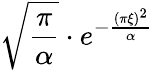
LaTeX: {\sqrt{\frac{\pi}{\alpha}}}\cdot e^{-{\frac{(\pi\xi)^{2}}{\alpha}}}